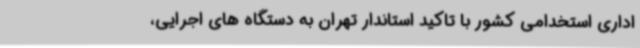
اداری استخدامی کشور با تاکید استاندار تهران به دستگاه های اجرایی،